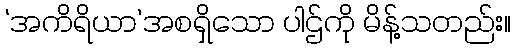
‘အကိရိယာ’အစရှိသော ပါဌ်ကို မိန့်သတည်း။